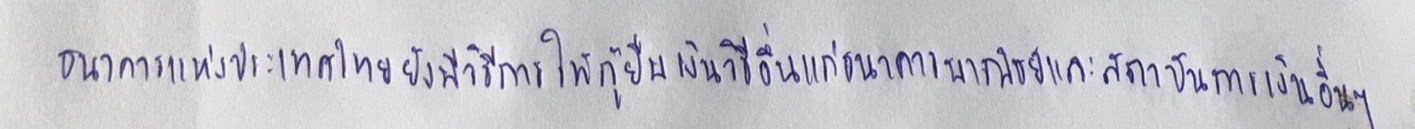
ธนาคารแห่งประเทศไทยยังมีวิธีการให้กู้ยืมเงินวิธีอื่นแก่ธนาคารพาณิชย์และสถาบันการเงินอื่นๆ